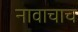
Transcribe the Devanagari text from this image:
नावाचाच